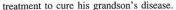
treatment to cure his grandson's disease.